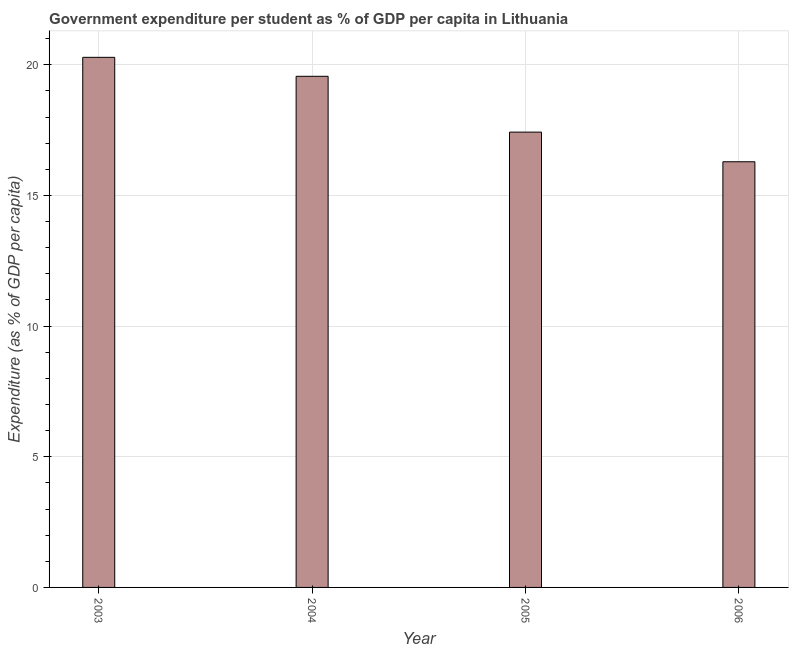
| Year | Government expenditure per tertiary student |
 | --- | --- |
 | 2003 | 20.3 |
 | 2004 | 19.6 |
 | 2005 | 17.4 |
 | 2006 | 16.3 |